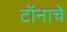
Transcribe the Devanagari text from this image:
टॉनाचे